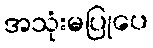
အသုံးမပြုပေ